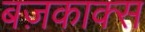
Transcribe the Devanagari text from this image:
बज़काक्स